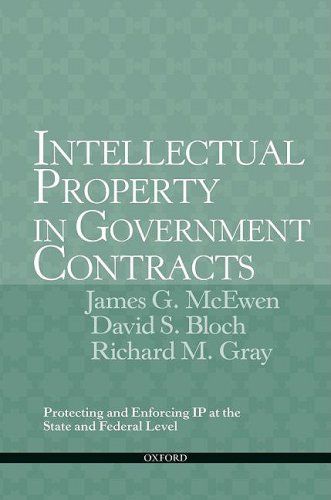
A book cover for Intellectual Property in Government Contracts: Protecting and Enforcing IP at the State and Federal Level; James G McEwen; Law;